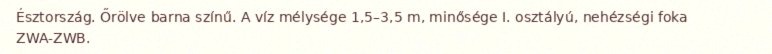
Észtország. Őrölve barna színű. A víz mélysége 1,5–3,5 m, minősége I. osztályú, nehézségi foka ZWA-ZWB.